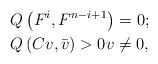
LaTeX: \begin{align*}& Q\left ( F^i,F^{n-i+1}\right )=0;\\& Q\left ( Cv,\bar v\right )>0v\ne 0,\end{align*}